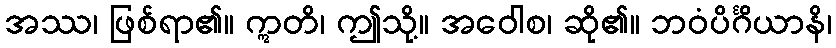
အဿ၊ ဖြစ်ရာ၏။ ဣတိ၊ ဤသို့။ အဝေါစ၊ ဆို၏။ ဘဝံပိင်္ဂိယာနိ၊